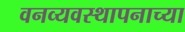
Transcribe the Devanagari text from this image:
वनव्यवस्थापनाच्या